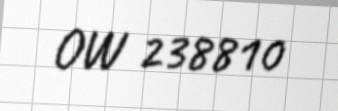
OW 238810